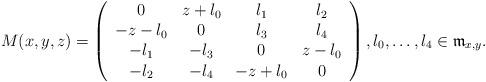
LaTeX: \begin{align*}M(x,y,z) =\left( \begin{array} {cccc}0 & z+\l_0 & \l_1 & \l_2 \\-z-\l_0 & 0 & \l_3 & \l_4 \\-\l_1 & -\l_3 & 0 & z- \l_0\\-\l_2 & -\l_4 & -z+\l_0 & 0 \end{array}\right), \l_0, \dots, \l_4 \in \frak m_{x,y}.\end{align*}